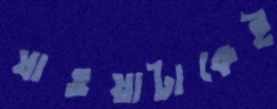
যাওয়াটাকেই